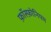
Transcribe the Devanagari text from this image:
फ़ॉस्फ़ोनियम